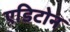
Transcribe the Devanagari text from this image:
एडिटोन